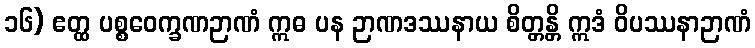
၁၆) ဧတ္ထ ပစ္စဝေက္ခဏဉာဏံ ဣဓ ပန ဉာဏဒဿနာယ စိတ္တန္တိ ဣဒံ ဝိပဿနာဉာဏံ